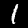
Label: 1